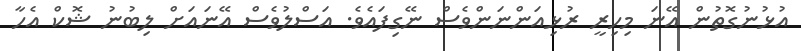
އުޅުނުގޮތުން އޭނަ މިހިރީ ރުޅިއަންނަންވެސް ނޭގިފައެވެ. އަސްލުވެސް އޭނައަށް ލިބުނު ޝޮކް އެހާ